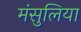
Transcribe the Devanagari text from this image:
मंसुलिया